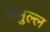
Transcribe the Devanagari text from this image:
सेमुल्ल